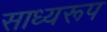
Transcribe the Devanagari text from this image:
साध्यरूप